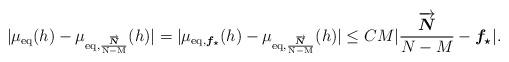
LaTeX: \begin{align*}|\mu_{\rm{eq}}(h)-\mu_{\rm{eq}, \frac{\overrightarrow{\boldsymbol{N}}}{N-M}}(h)|=|\mu_{\rm{eq}, \boldsymbol{f_{\star}}}(h)-\mu_{\rm{eq}, \frac{\overrightarrow{\boldsymbol{N}}}{N-M}}(h)|\leq CM|\frac{\overrightarrow{\boldsymbol{N}}}{N-M}-\boldsymbol{f_{\star}}|.\end{align*}